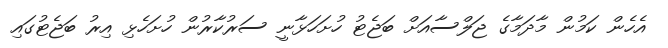
އެހެން ކަމުން މާދަމާގެ ޖަލްސާއަށް ބަޖެޓު ހުށަހަޅާނީ ސަރުކާރުން ހުށަހެޅި އިރު ބަޖެޓުގައި